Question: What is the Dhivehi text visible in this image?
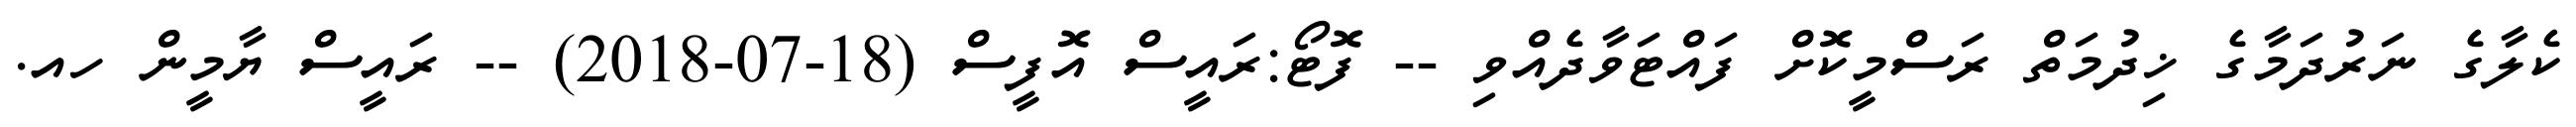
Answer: ކެލާގެ ނަރުދަމާގެ ޚިދުމަތް ރަސްމީކޮށް ފައްޓަވާދެއްވި -- ފޮޓޯ:ރައީސް އޮފީސް (18-07-2018) -- ރައީސް ޔާމީން ހއ.